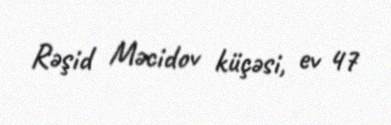
Rəşid Məcidov küçəsi, ev 47